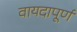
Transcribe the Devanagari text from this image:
वायदापूर्ण